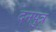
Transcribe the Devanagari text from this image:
दनपुत्र